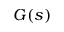
G ( s )